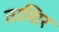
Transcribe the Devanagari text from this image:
ताशिर